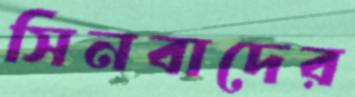
সিনবাদের